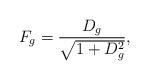
LaTeX: \begin{align*}F_g=\frac{D_g}{\sqrt{1+D_g^2}},\end{align*}